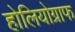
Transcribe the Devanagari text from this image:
होलियोग्राफ